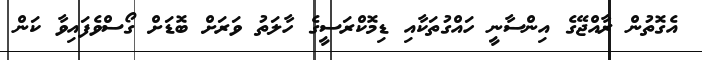
އެގޮތުން ރާއްޖޭގެ އިންސާނީ ހައްގުތަކާއި ޑިމޮކްރަސީގެ ހާލަތު ވަރަށް ބޮޑަށް ގޯސްވެފައިވާ ކަން